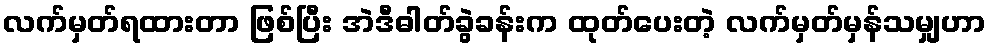
လက်မှတ်ရထားတာ ဖြစ်ပြီး အဲဒီဓါတ်ခွဲခန်းက ထုတ်ပေးတဲ့ လက်မှတ်မှန်သမျှဟာ